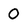
Character: 0